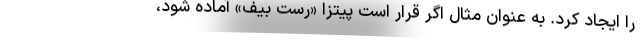
را ایجاد کرد. به عنوان مثال اگر قرار است پیتزا «رست بیف» آماده شود،